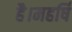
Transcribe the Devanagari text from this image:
है।महर्षि